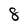
Character: 8